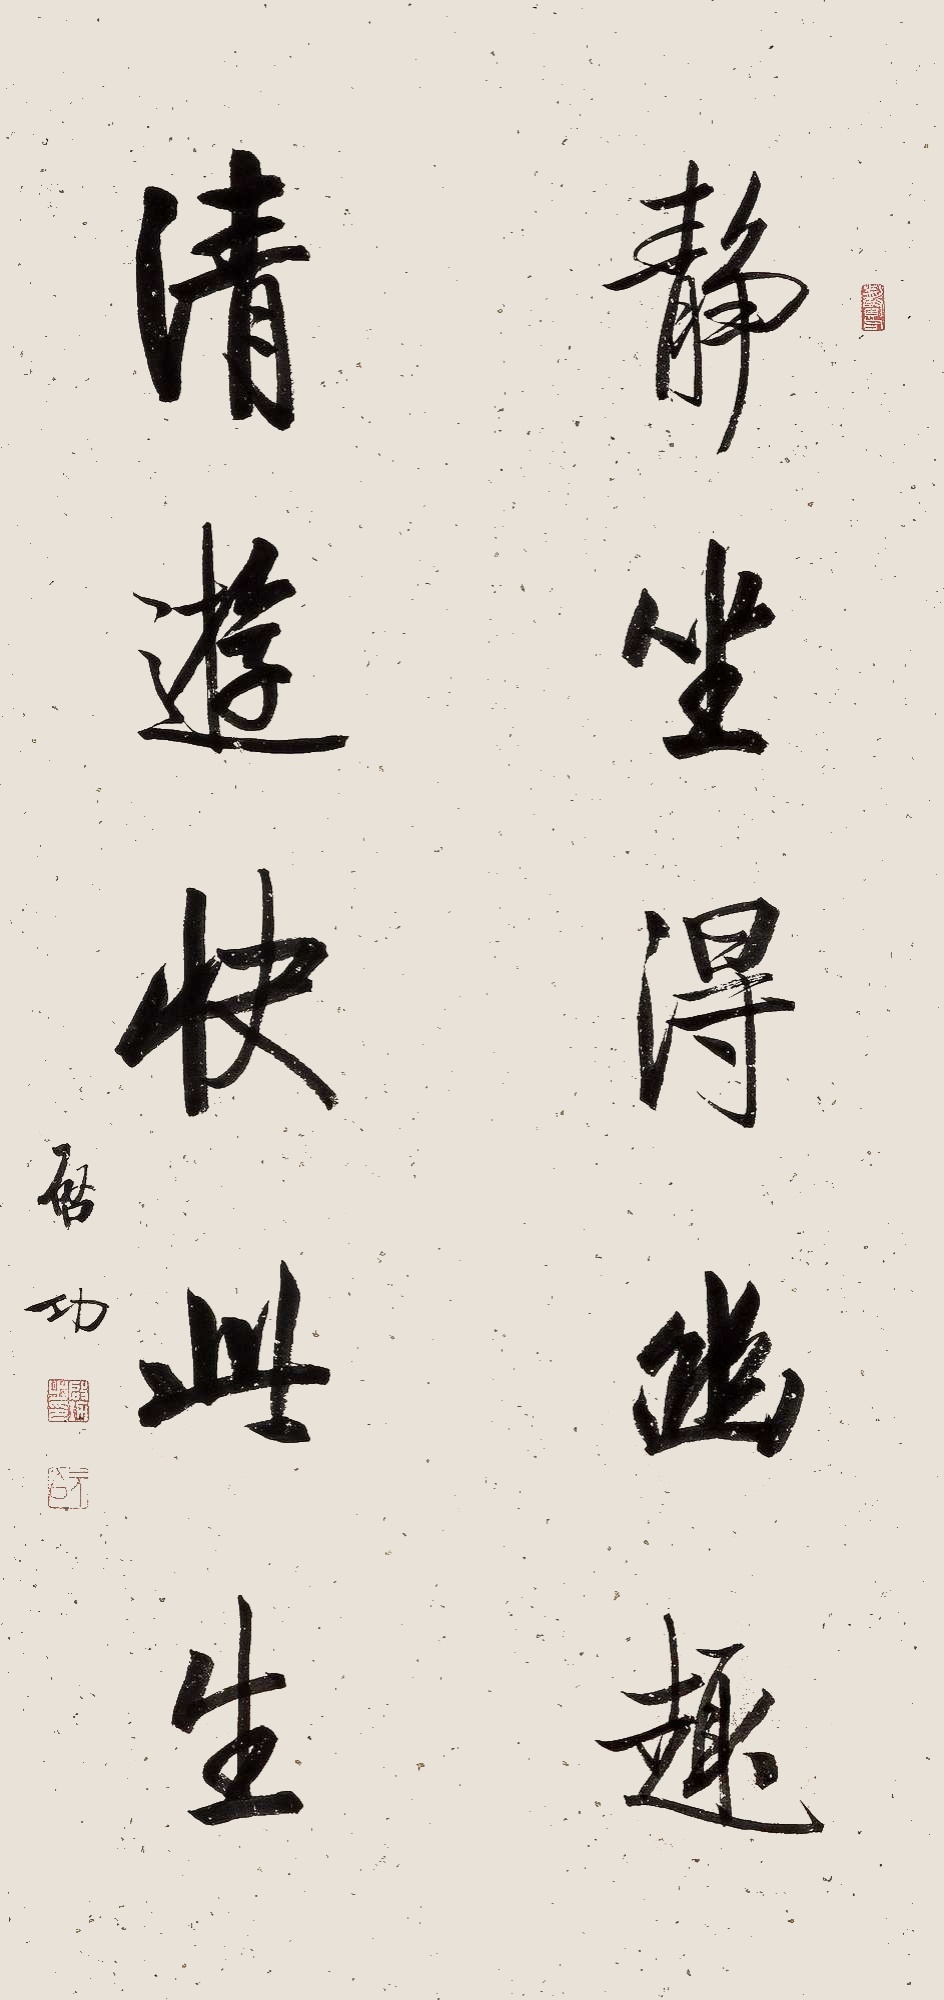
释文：静坐得幽趣，清游快此生。启功。